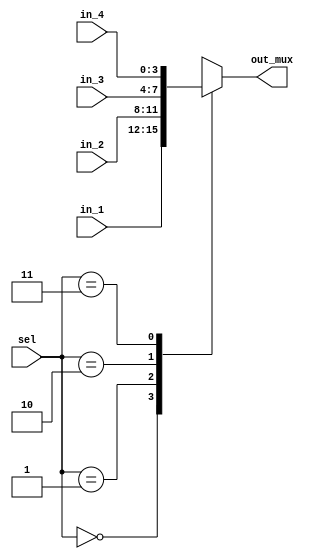
`timescale 1ns / 1ps
//////////////////////////////////////////////////////////////////////////////////
// Company: 
// Engineer: 
// 
// Design Name: 
// Module Name: mux
// Project Name: 
// Target Devices: 
// Tool Versions: 
// Description: 
// 
// Dependencies: 
// 
// Revision:
// Revision 0.01 - File Created
// Additional Comments:
// 
//////////////////////////////////////////////////////////////////////////////////


module mux#(parameter WIDTH_4 = 4 , WIDTH_2 = 2 )
(in_1 , in_2 , in_3 , in_4 , sel, out_mux);

input [WIDTH_4-1:0] in_1 , in_2 ,  in_3 , in_4 ;
input [WIDTH_2-1:0] sel ;
output reg [WIDTH_4-1:0] out_mux ;


always @ (*)
 begin
   case(sel)
   2'b00: out_mux = in_1 ;
   2'b01: out_mux = in_2 ;
   2'b10: out_mux = in_3 ;
   2'b11: out_mux = in_4 ;
   endcase
    end
endmodule